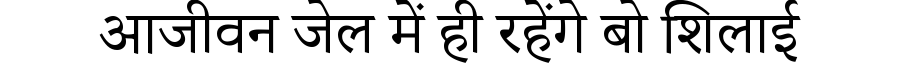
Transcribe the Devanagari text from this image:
आजीवन जेल में ही रहेंगे बो शिलाई